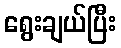
ရွေးချယ်ပြီး